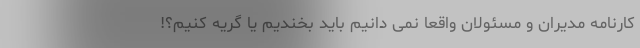
کارنامه مدیران و مسئولان واقعا نمی دانیم باید بخندیم یا گریه کنیم؟!